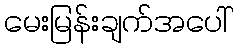
မေးမြန်းချက်အပေါ်